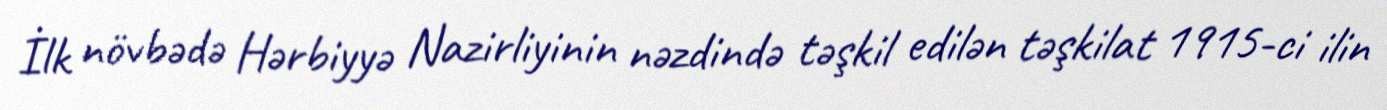
İlk növbədə Hərbiyyə Nazirliyinin nəzdində təşkil edilən təşkilat 1915-ci ilin